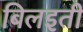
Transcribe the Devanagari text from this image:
बिलइती